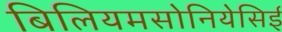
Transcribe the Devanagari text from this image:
बिलियमसोनियेसिई